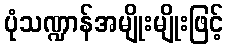
ပုံသဏ္ဍာန်အမျိုးမျိုးဖြင့်